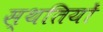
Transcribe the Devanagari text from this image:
स्‍थतियों